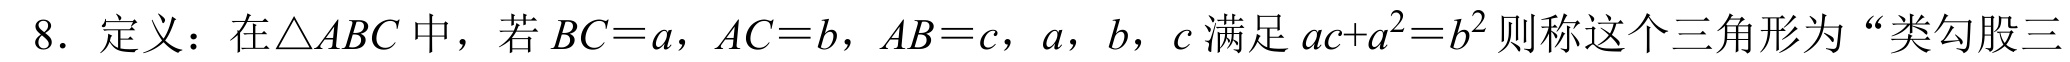
8. 定义：在$\triangle ABC$中，若$BC = a$，$AC = b$，$AB = c$，$a$，$b$，$c$满足$ac + a^{2}=b^{2}$则称这个三角形为“类勾股三